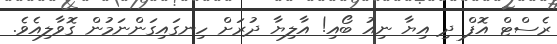
ރެސްޓް އޮފް ދި އިޔާ ނިއު ބޯއި! އާލިޔާ ދުރަށް ހިނގައިގަންނަމުން ގޮވާލިއެވެ.